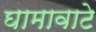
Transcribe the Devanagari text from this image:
घामावाटे